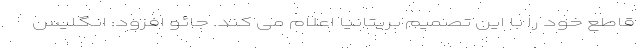
قاطع خود را با این تصمیم بریتانیا اعلام می کند. جائو افزود: انگلیس